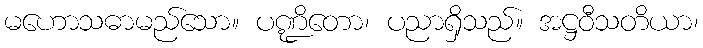
မဟောသဓာမည်သော။ ပဏ္ဍိတော၊ ပညာရှိသည်။ အဋ္ဌဝီသတိယာ၊